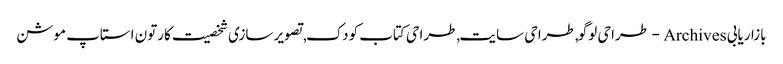
بازاریابی Archives - طراحی لوگو,طراحی سایت,طراحی کتاب کودک,تصویر سازی شخصیت کارتون استاپ موشن